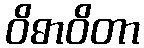
ဝိဓာဝိတာ